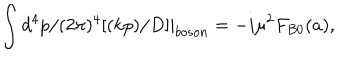
\int d ^ { 4 } p / ( 2 \pi ) ^ { 4 } [ ( k p ) / D ] | _ { b o s o n } = - i \mu ^ { 2 } F _ { B 0 } ( a ) ,